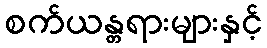
စက်ယန္တရားများနှင့်